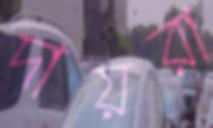
দায়রা